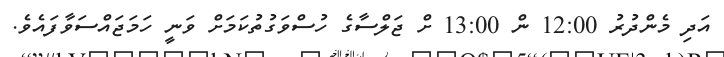
އަދި މެންދުރު 12:00 ން 13:00 ށް ޖަލްސާގެ ހުސްވަގުތުކަމަށް ވަނީ ހަމަޖައްސަވާފައެވެ.